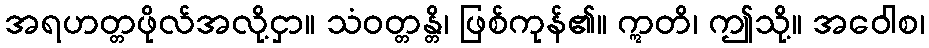
အရဟတ္တဖိုလ်အလို့ငှာ။ သံဝတ္တန္တိ၊ ဖြစ်ကုန်၏။ ဣတိ၊ ဤသို့။ အဝေါစ၊